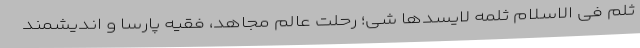
ثلم فی الاسلام ثلمه لایسدها شی؛ رحلت عالم مجاهد، فقیه پارسا و اندیشمند